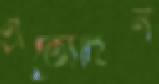
এতোদিন